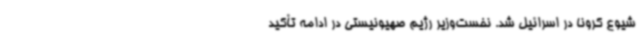
شیوع کرونا در اسرائیل شد. نخست‌وزیر رژیم صهیونیستی در ادامه تأکید